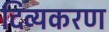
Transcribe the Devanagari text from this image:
दिव्यकरण